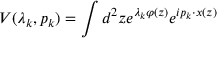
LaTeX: V ( \lambda _ { k } , p _ { k } ) = \int d ^ { 2 } z e ^ { \lambda _ { k } \varphi ( z ) } e ^ { i p _ { k } \cdot x ( z ) }